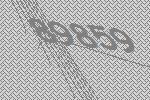
89859